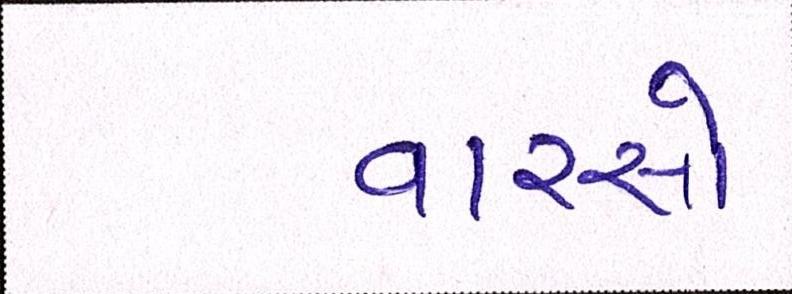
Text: વારસો